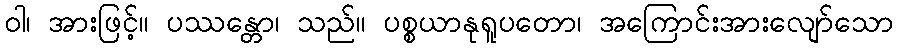
ဝါ၊ အားဖြင့်။ ပဿန္တော၊ သည်။ ပစ္စယာနုရူပတော၊ အကြောင်းအားလျော်သော